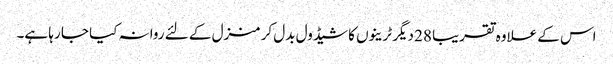
اس کے علاوہ تقریبا 28 دیگر ٹرینوں کا شیڈول بدل کر منزل کے لئے روانہ کیا جا رہا ہے۔